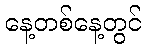
နေ့တစ်နေ့တွင်